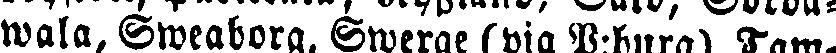
wala, Sweaborg, Swerge (via P:burg), Tam-